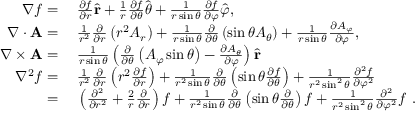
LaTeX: \begin{array} { r l } { \nabla f = { } } & { { } { \frac { \partial f } { \partial r } } { \hat { \mathbf { r } } } + { \frac { 1 } { r } } { \frac { \partial f } { \partial \theta } } { \hat { \boldsymbol { \theta } } } + { \frac { 1 } { r \sin \theta } } { \frac { \partial f } { \partial \varphi } } { \hat { \boldsymbol { \varphi } } } , } \\ { \nabla \cdot \mathbf { A } = { } } & { { } { \frac { 1 } { r ^ { 2 } } } { \frac { \partial } { \partial r } } \left( r ^ { 2 } A _ { r } \right) + { \frac { 1 } { r \sin \theta } } { \frac { \partial } { \partial \theta } } \left( \sin \theta A _ { \theta } \right) + { \frac { 1 } { r \sin \theta } } { \frac { \partial A _ { \varphi } } { \partial \varphi } } , } \\ { \nabla \times \mathbf { A } = { } } & { { } { \frac { 1 } { r \sin \theta } } \left( { \frac { \partial } { \partial \theta } } \left( A _ { \varphi } \sin \theta \right) - { \frac { \partial A _ { \theta } } { \partial \varphi } } \right) { \hat { \mathbf { r } } } } \\ { \nabla ^ { 2 } f = { } } & { { } { \frac { 1 } { r ^ { 2 } } } { \frac { \partial } { \partial r } } \left( r ^ { 2 } { \frac { \partial f } { \partial r } } \right) + { \frac { 1 } { r ^ { 2 } \sin \theta } } { \frac { \partial } { \partial \theta } } \left( \sin \theta { \frac { \partial f } { \partial \theta } } \right) + { \frac { 1 } { r ^ { 2 } \sin ^ { 2 } \theta } } { \frac { \partial ^ { 2 } f } { \partial \varphi ^ { 2 } } } } \\ { = { } } & { { } \left( { \frac { \partial ^ { 2 } } { \partial r ^ { 2 } } } + { \frac { 2 } { r } } { \frac { \partial } { \partial r } } \right) f + { \frac { 1 } { r ^ { 2 } \sin \theta } } { \frac { \partial } { \partial \theta } } \left( \sin \theta { \frac { \partial } { \partial \theta } } \right) f + { \frac { 1 } { r ^ { 2 } \sin ^ { 2 } \theta } } { \frac { \partial ^ { 2 } } { \partial \varphi ^ { 2 } } } f ~ . } \end{array}